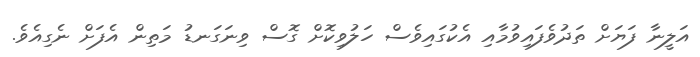
އަލީނާ ފަޔަށް ތަދުވެފައިވުމާއި އެކުގައިވެސް ހަލުވިކޮށް ގޮސް ވިނަގަނޑު މަތިން އެފަށް ނެގިއެވެ.